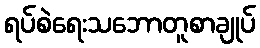
ရပ်စဲရေးသဘောတူစာချုပ်